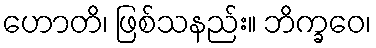
ဟောတိ၊ ဖြစ်သနည်း။ ဘိက္ခဝေ၊